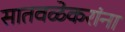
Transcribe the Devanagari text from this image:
सातवळेकरांना